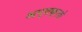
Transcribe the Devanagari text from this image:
अप्सक्एले